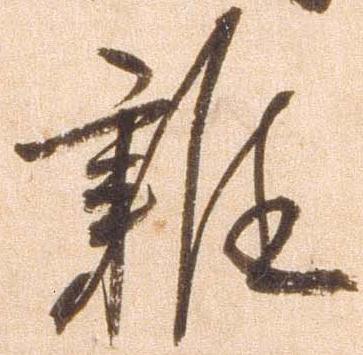
難